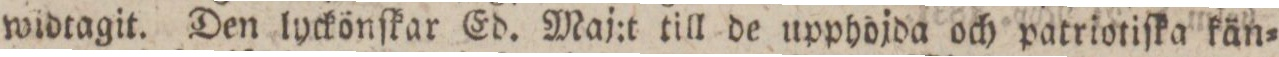
widtagit. Den lyckönſkar Ed. Maj:t till de upphojda och patriotiſka kän=